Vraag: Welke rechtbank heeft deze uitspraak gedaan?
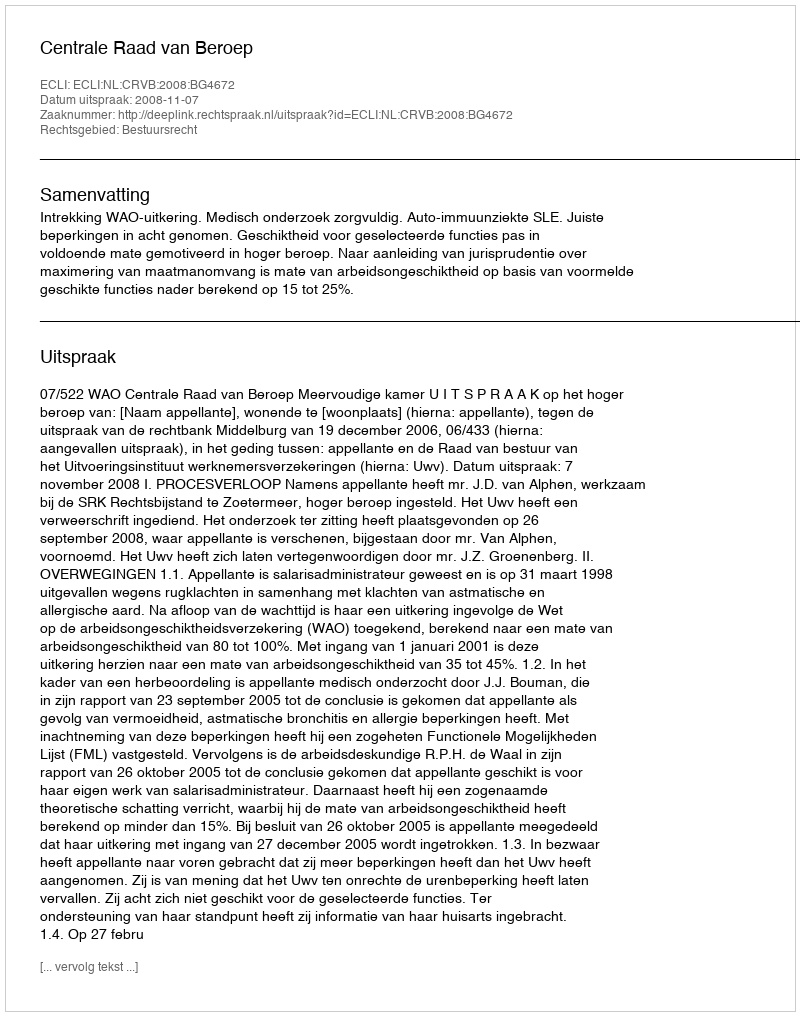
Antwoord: Centrale Raad van Beroep